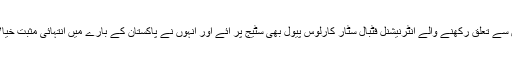
ان کے ساتھ سپین سے تعلق رکھنے والے انٹرنیشنل فٹبال سٹار کارلوس پیول بھی سٹیج پر آئے اور انہوں نے پاکستان کے بارے میں انتہائی مثبت خیالات کا اظہار کیا۔